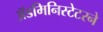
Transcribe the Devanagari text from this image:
ॲडमिनिस्टेटरने